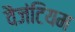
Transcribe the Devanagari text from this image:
वैजंटियम